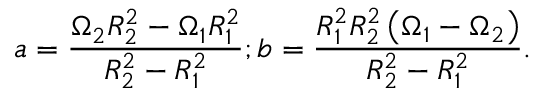
a = \frac { \Omega _ { 2 } R _ { 2 } ^ { 2 } - \Omega _ { 1 } R _ { 1 } ^ { 2 } } { R _ { 2 } ^ { 2 } - R _ { 1 } ^ { 2 } } ; b = \frac { R _ { 1 } ^ { 2 } R _ { 2 } ^ { 2 } \left( \Omega _ { 1 } - \Omega _ { 2 } \right) } { R _ { 2 } ^ { 2 } - R _ { 1 } ^ { 2 } } .